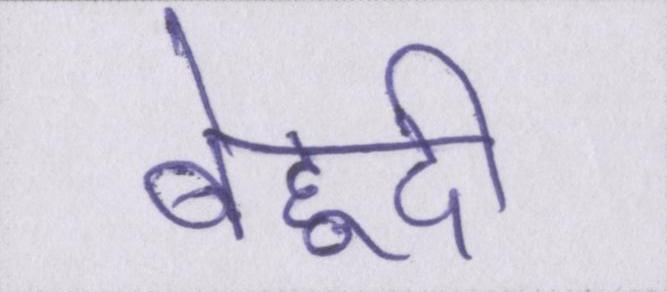
बेहूदी